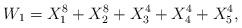
LaTeX: \begin{align*}W_{1} =X_{1}^{8}+X_{2}^{8}+X_{3}^{4}+X_{4}^{4}+X_{5}^{4},\end{align*}